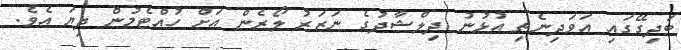
ބަދިގޭގައި އަވަދިނެތި އުޅުނު ދިލްޝާދުގެ ނަޒަރު ލޯރެން އަށް ހުއްޓެމުން ދިޔަ އެވެ.